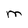
Character: M